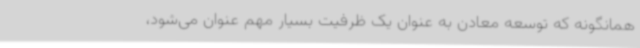
همانگونه که توسعه معادن به عنوان یک ظرفیت بسیار مهم عنوان می‌شود،